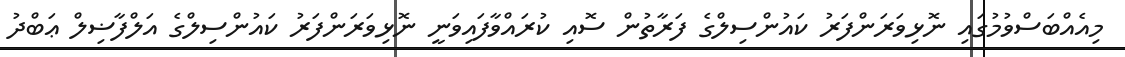
މިއެއްބަސްވުމުގައި ނޮޅިވަރަންފަރު ކައުންސިލްގެ ފަރާތުން ސޮއި ކުރައްވާފައިވަނީ ނޮޅިވަރަންފަރު ކައުންސިލްގެ އަލްފާޟިލް ޢަބްދު